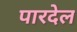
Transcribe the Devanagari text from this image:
पारदेल